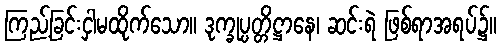
ကြည့်ခြင်းငှါမထိုက်သော။ ဒုက္ခုပ္ပတ္တိဋ္ဌာနေ၊ ဆင်းရဲ ဖြစ်ရာအရပ်၌။